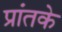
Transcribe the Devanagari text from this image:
प्रांतके